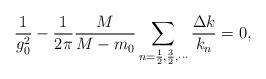
LaTeX: \begin{align*}\frac{1}{g_0^2}-\frac{1}{2\pi}\frac{M}{M-m_0}\sum_{n=\frac12, \frac32,\cdots}\frac{\Delta k}{k_n}=0,\end{align*}